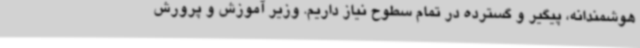
هوشمندانه، پیگیر و گسترده در تمام سطوح نیاز داریم. وزیر آموزش و پرورش